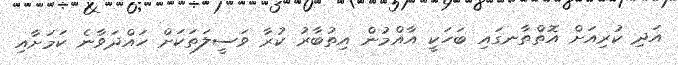
އަދި ކުރިއަށް އޮތްތާނގައި ބަހަކީ އާއްމުން އިތުބާރު ކުރާ ވަސީލަތަކަށް ހައްދަވާނެ ކަމަށާއި